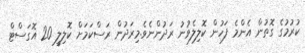
ކުރުމުގެ ގޮތުން އެންމެ ފަހުން ކޮލިލެވުނު ރަދުންނެވެ.މިރަދުން ރަސްކަމަށް ކޮލިލީ 20 އޮގަސްޓް